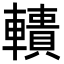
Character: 𨎾